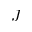
J